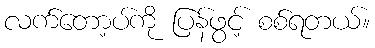
လက်တော့ပ်ကို ပြန်ဖွင့် စစ်ရတယ်။